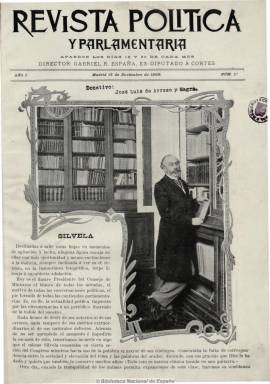
Título: Revista política y parlamentaria
Colección: Política
Ámbito geográfico: Madrid
Lugar de publicación: Madrid
Fechas: 15/11/1899-01/06/1918

Comenzó a publicarse en Madrid en 1899 bajo la dirección del ex diputado a Cortes Gabriel R. España. Es una publicación que comienza siendo quincenal para después aparecer con una frecuencia mensual, dedicada a la ciencia política y el derecho público y parlamentario, a cuestiones sociales, trabajos legislativos y a asuntos de administración y financieros, que después será órgano del Bureau Parlamentario Hispano-Americano, una especie de instituto u oficina de asesoramiento técnico parlamentario.

Incluye fotografías de actualidad política y retratos de senadores y diputados, así como de las altas autoridades del Estado, acompañados de semblanzas o perfiles biográficos. Otras secciones de la revista son “Anécdotas parlamentarias”; ‘La quincena política’, especie de crónica internacional y nacional; ‘Revista de revistas’; ‘Bibliografía’ y ‘Variedades’. Publica artículos de historia y sobre los regímenes parlamentarios y sistemas electorales. También incluyó una serie de ‘Memorias inéditas’ del Conde de San Luis.

Entre sus colaboradores estuvieron Luis Royo Villanova, Jacinto Octavio Picón, José Sánchez-Guerra, Enrique Sá del Rey, Salvador Canals, Adolfo Posada, Conrado Solsona, Eusebio Blasco y Práxedes Zancada Ruata.